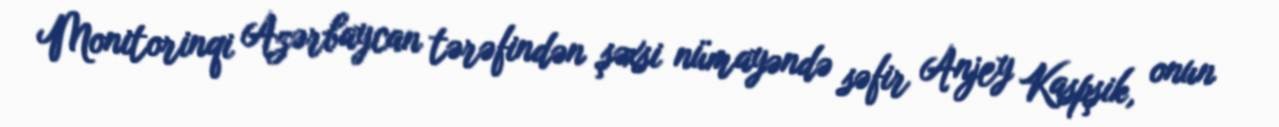
Monitorinqi Azərbaycan tərəfindən şəxsi nümayəndə səfir Anjey Kaspşik, onun